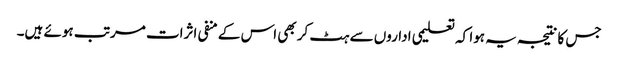
جس کا نتیجہ یہ ہوا کہ تعلیمی اداروں سے ہٹ کر بھی اس کے منفی اثرات مرتب ہوئے ہیں۔